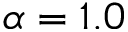
\alpha = 1 . 0